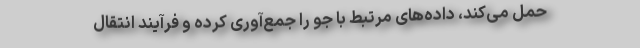
حمل می‌کند، داده‌های مرتبط با جو را جمع‌آوری کرده و فرآیند انتقال